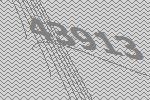
43913